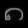
Digit: ၈